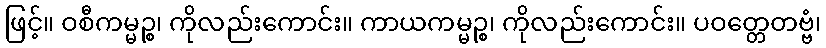
ဖြင့်။ ဝစီကမ္မဉ္စ၊ ကိုလည်းကောင်း။ ကာယကမ္မဉ္စ၊ ကိုလည်းကောင်း။ ပဝတ္တေတဗ္ဗံ၊